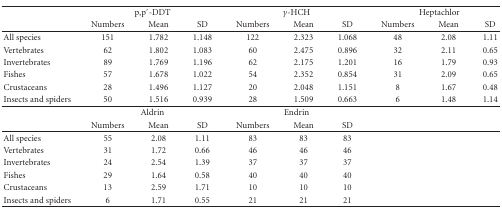
<table><thead><tr><td></td><td colspan="3"><b>p,p′-DDT</b></td><td colspan="3"><b><i>γ</i>-HCH</b></td><td colspan="3"><b>Heptachlor </b></td></tr><tr><td><b> </b></td><td><b>Numbers </b></td><td><b>Mean</b></td><td><b>SD</b></td><td><b>Numbers</b></td><td><b>Mean</b></td><td><b>SD</b></td><td><b>Numbers</b></td><td><b>Mean</b></td><td><b>SD</b></td></tr></thead><tbody><tr><td>All species</td><td>151</td><td>1.782</td><td>1.148</td><td>122</td><td>2.323</td><td>1.068</td><td>48</td><td>2.08</td><td>1.11</td></tr><tr><td>Vertebrates</td><td>62</td><td>1.802</td><td>1.083</td><td>60</td><td>2.475</td><td>0.896</td><td>32</td><td>2.11</td><td>0.65</td></tr><tr><td>Invertebrates</td><td>89</td><td>1.769</td><td>1.196</td><td>62</td><td>2.175</td><td>1.201</td><td>16</td><td>1.79</td><td>0.93</td></tr><tr><td>Fishes</td><td>57</td><td>1.678</td><td>1.022</td><td>54</td><td>2.352</td><td>0.854</td><td>31</td><td>2.09</td><td>0.65</td></tr><tr><td>Crustaceans</td><td>28</td><td>1.496</td><td>1.127</td><td>20</td><td>2.048</td><td>1.151</td><td>8</td><td>1.67</td><td>0.48</td></tr><tr><td>Insects and spiders</td><td>50</td><td>1.516</td><td>0.939</td><td>28</td><td>1.509</td><td>0.663</td><td>6</td><td>1.48</td><td>1.14</td></tr><tr><td> </td><td colspan="3">Aldrin </td><td colspan="3">Endrin</td><td> </td><td> </td><td> </td></tr><tr><td> </td><td>Numbers </td><td>Mean</td><td>SD</td><td>Numbers </td><td>Mean</td><td>SD</td><td> </td><td> </td><td> </td></tr><tr><td>All species</td><td>55</td><td>2.08</td><td>1.11</td><td>83</td><td>83</td><td>83</td><td> </td><td> </td><td> </td></tr><tr><td>Vertebrates</td><td>31</td><td>1.72</td><td>0.66</td><td>46</td><td>46</td><td>46</td><td> </td><td> </td><td> </td></tr><tr><td>Invertebrates</td><td>24</td><td>2.54</td><td>1.39</td><td>37</td><td>37</td><td>37</td><td> </td><td> </td><td> </td></tr><tr><td>Fishes</td><td>29</td><td>1.64</td><td>0.58</td><td>40</td><td>40</td><td>40</td><td> </td><td> </td><td> </td></tr><tr><td>Crustaceans</td><td>13</td><td>2.59</td><td>1.71</td><td>10</td><td>10</td><td>10</td><td> </td><td> </td><td> </td></tr><tr><td>Insects and spiders</td><td>6</td><td>1.71</td><td>0.55</td><td>21</td><td>21</td><td>21</td><td> </td><td> </td><td> </td></tr></tbody></table>